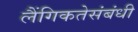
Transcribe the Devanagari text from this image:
लैंगिकतेसंबंधी